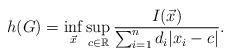
LaTeX: \begin{align*}h(G)=\inf_{\vec x } \sup_{c\in \mathbb{R}}\frac{I(\vec x)}{\sum_{i=1}^n d_i|x_i-c|}.\end{align*}